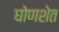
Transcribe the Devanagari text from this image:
घोणशेत